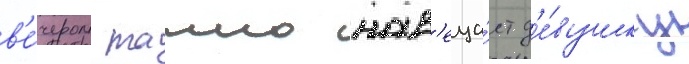
в'е́чером таино нав'еща́ет д'е́вушку